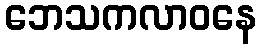
ဘေသကလာဝနေ